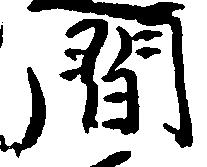
間